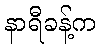
နာရီခန့်က